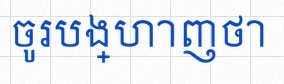
ចូរបង្ហាញថា